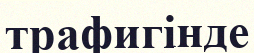
трафигінде